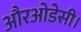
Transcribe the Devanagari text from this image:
औरओडेसी।